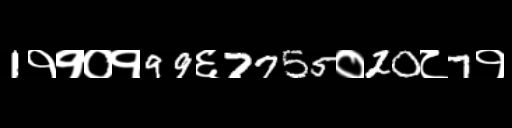
Text: 1११०१99६7755०20८7१